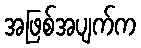
အဖြစ်အပျက်က